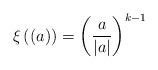
LaTeX: \begin{align*} \xi\left((a)\right) = \left(\frac{a}{|a|}\right)^{k-1}\end{align*}